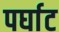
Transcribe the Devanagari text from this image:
पर्घाट